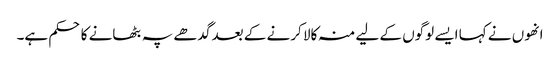
انھوں نے کہا ایسے لوگوں کے لیے منہ کالا کرنے کے بعد گدھے پہ بٹھانے کا حکم ہے۔